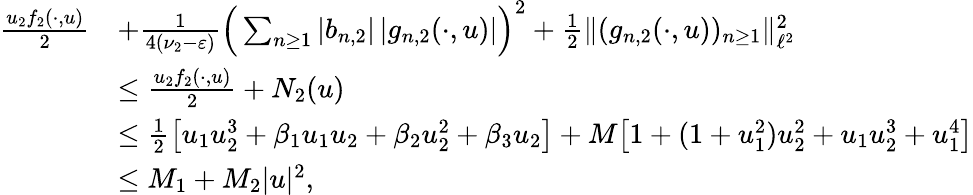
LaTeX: \begin{array}{rl}{\frac{u_{2}f_{2}(\cdot,u)}{2}}&{+\frac{1}{4(\nu_{2}-\varepsilon)}\Big(\sum_{n\geq 1}|b_{n,2}|\, |g_{n,2}(\cdot,u)|\Big)^{2}+\frac 12\| (g_{n,2}(\cdot,u))_{n\geq 1}\| _{\ell^{2}}^{2}}\\ &{\leq\frac{u_{2}f_{2}(\cdot,u)}{2}+N_{2}(u)}\\ &{\leq\frac 12\big[u_{1}u_{2}^{3}+\beta_{1}u_{1}u_{2}+\beta_{2}u_{2}^{2}+\beta_{3}u_{2}\big]+M\big[1+(1+u_{1}^{2})u_{2}^{2}+u_{1}u_{2}^{3}+u_{1}^{4}\big]}\\ &{\leq M_{1}+M_{2}|u|^{2},}\end{array}